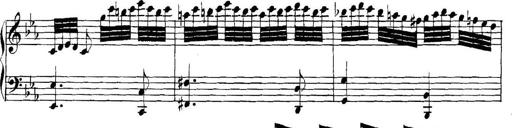
Title: Collected Piano Sonatas
Composer: Muzio Clementi